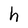
Character: h